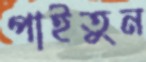
পাইতুন